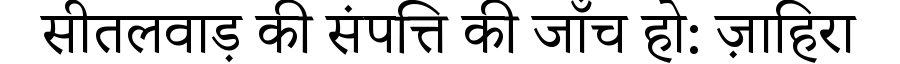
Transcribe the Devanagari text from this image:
सीतलवाड़ की संपत्ति की जाँच हो: ज़ाहिरा